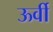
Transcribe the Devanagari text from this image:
ऊर्वी